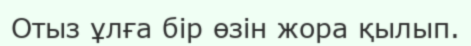
Отыз ұлға бір өзін жора қылып.